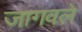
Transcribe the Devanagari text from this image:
जागवले